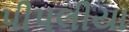
પીપલીયા